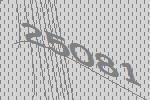
25081